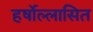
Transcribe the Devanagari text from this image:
हर्षोल्लासित